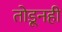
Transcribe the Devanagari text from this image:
तोडूनही